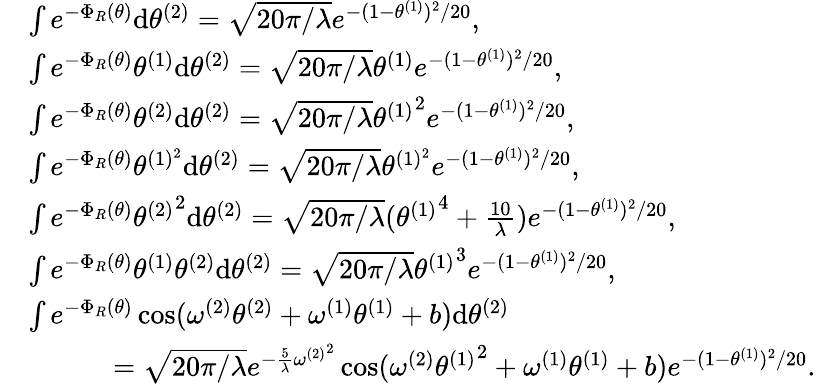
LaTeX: \begin{array}{rl}&{\int e^{-\Phi_{R}(\theta)}\mathrm{d}{\theta^{(2)}}=\sqrt{20\pi/\lambda}e^{-(1-{\theta^{(1)}})^{2}/20},}\\ &{\int e^{-\Phi_{R}(\theta)}{\theta^{(1)}}\mathrm{d}{\theta^{(2)}}=\sqrt{20\pi/\lambda}{\theta^{(1)}}e^{-(1-{\theta^{(1)}})^{2}/20},}\\ &{\int e^{-\Phi_{R}(\theta)}{\theta^{(2)}}\mathrm{d}{\theta^{(2)}}=\sqrt{20\pi/\lambda}{\theta^{(1)}}^{2}e^{-(1-{\theta^{(1)}})^{2}/20},}\\ &{\int e^{-\Phi_{R}(\theta)}{\theta^{(1)^{2}}}\mathrm{d}{\theta^{(2)}}=\sqrt{20\pi/\lambda}{\theta^{(1)^{2}}}e^{-(1-{\theta^{(1)}})^{2}/20},}\\ &{\int e^{-\Phi_{R}(\theta)}{\theta^{(2)}}^{2}\mathrm{d}{\theta^{(2)}}=\sqrt{20\pi/\lambda}({\theta^{(1)}}^{4}+\frac{10}{\lambda})e^{-(1-{\theta^{(1)}})^{2}/20},}\\ &{\int e^{-\Phi_{R}(\theta)}{\theta^{(1)}\theta^{(2)}}\mathrm{d}{\theta^{(2)}}=\sqrt{20\pi/\lambda}{\theta^{(1)}}^{3}e^{-(1-{\theta^{(1)}})^{2}/20},}\\ &{\int e^{-\Phi_{R}(\theta)}\cos({\omega^{(2)}}{\theta^{(2)}}+{\omega^{(1)}}{\theta^{(1)}}+b)\mathrm{d}{\theta^{(2)}}}\\ &{\quad\quad\quad=\sqrt{20\pi/\lambda}e^{-\frac{5}{\lambda}{\omega^{(2)}}^{2}}\cos({\omega^{(2)}}{\theta^{(1)}}^{2}+{\omega^{(1)}}{\theta^{(1)}}+b)e^{-(1-{\theta^{(1)}})^{2}/20}.}\end{array}